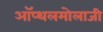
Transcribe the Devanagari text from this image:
ऑप्थलमोलाजी